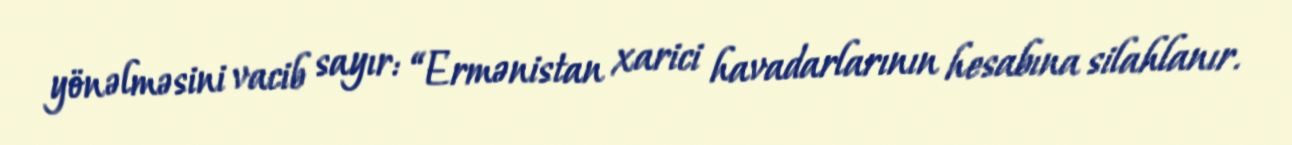
yönəlməsini vacib sayır: “Ermənistan xarici havadarlarının hesabına silahlanır.